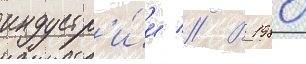
индустр'и́и // В 1980